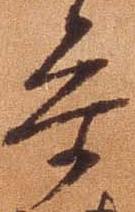
参